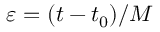
\varepsilon = ( t - t _ { 0 } ) / M